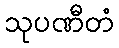
သုပဏီတံ